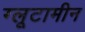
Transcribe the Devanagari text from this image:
ग्लूटामीन